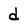
Character: d